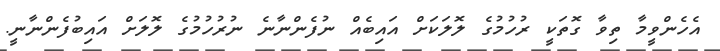
އެހެންވީމާ ތިވާ ގޮތަކީ ރުހުމުގެ ލޮލަކަށް އައިބެއް ނުފެންނާނެ ނުރުހުމުގެ ލޮލަށް އައިބުފެންނާނީ.